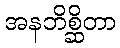
အနဘိစ္ဆိတာ